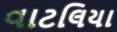
વાટલિયા